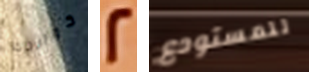
كوالدك 2 للمستودع